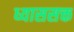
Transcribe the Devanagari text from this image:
ध्याससक्त